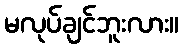
မလုပ်ချင်ဘူးလား။